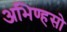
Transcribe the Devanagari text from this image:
अभिण्हसो